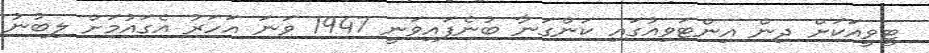
ޓީވީއަކަށް ދިން އިންޓަވިއުގައި ކަންގަނާ ބުނެފައިވަނީ 1947 ވަނަ އަހަރު އެގައުމަށް ލިބުނު